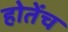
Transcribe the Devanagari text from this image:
होतेंच